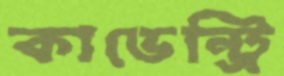
কাভেন্ট্রি